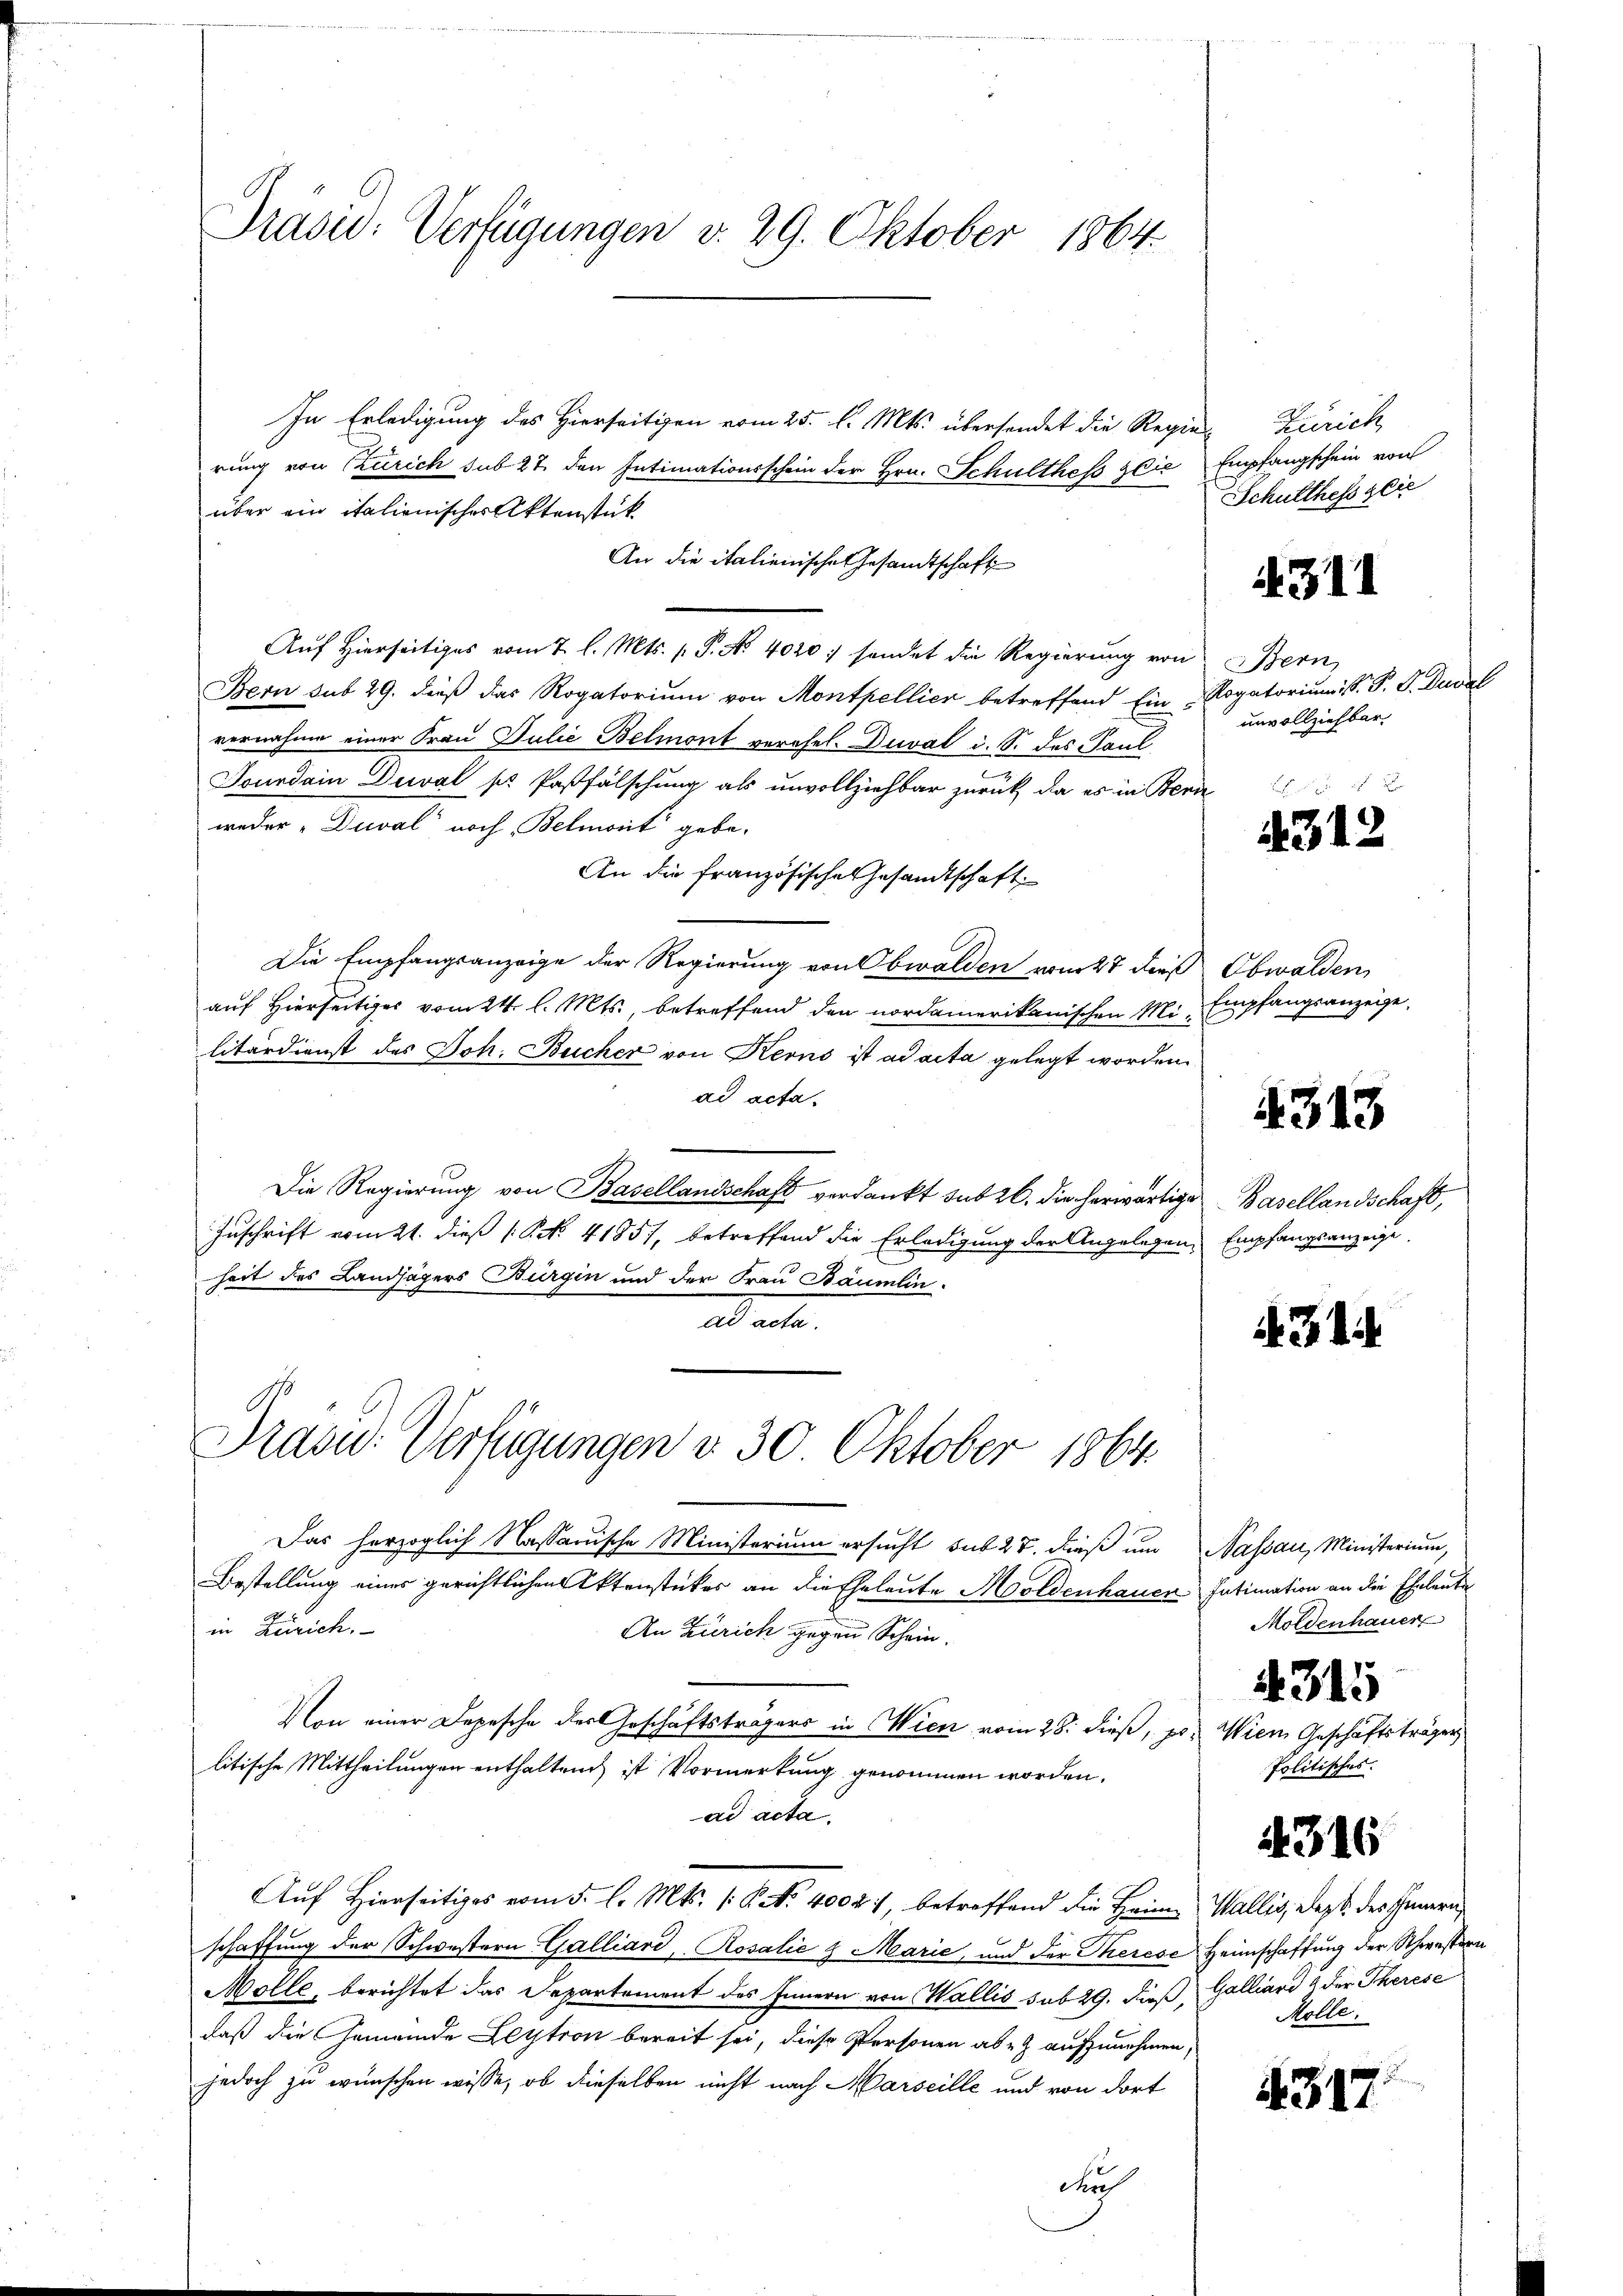
Prasio: Verfügungen v. 29. Oktober 1864.

In Erledigung des Hierseitigen vom 25. l. Mts. übersendet die Regie-
rung von Zürich sub 27 den Intimationsschein der Hrn. Schulthes die Empfangschein von
über ein italienisches Aktenstük
An die italienische Gesamtschaft
Aŭf Hierseitiges vom 7. l. Mts. p. P. Nr. 4020: sendet die Regierŭng von Bern,
Bern sub 29. dieß das Rogatorium von Montpellier betreffend Ein Rogatorium S. P. F. Dusel
vernahme einer Frau Julić-Belmont verehel. Duval i. S. des Paul
Jourdain Deval pr Pastfälschung als unvollziehbar zurück, da es in Bern
weder „Duwal noch Belmont gebe-
An die französische Gesandtschaft
Die Empfangsanzeige der Regierung von Obwalden vom 27 dieß Obwalden,
auf Hierseitiges vom 24. l. Mts., betreffend den nordamerikanischen Mi-Empfangsanzeige,
litärdienst des Joh. Bucher von Kerns ist ad acta gelegt worden.
ad acta.
Die Regierung von Basellandschaft verdankt sub 26. die herwärtige Basellandschaft,
Zuschrift vom 21. dieß (S. 41851, betreffend die Erledigung der Angelegen Empfangsanzeige
heit des Landjägers Bürgen und der Frau Bäumlin
ad acte.

Präsid. Verfügungen v. 30 Oktober 1864.

Das herzoglich Nassauische Ministerium ersucht sub 27. dieß um Nassau, Ministerium,
Bestellung eines gerichtlichen Aktenstückes an die Eheleute Moldenhauer Intimation an die Eheleute
in Zürich.
An Zürich gegen Schein.
Von einer Depesche der Geschäftsträgers in Wien vom 28. dieß, pr. Wien Geschäftsträger
litische Mittheilungen enthalten ist Vormerkung genommen worden.
ad acta.
2
Auf Hierseitiges vom 5. l. Mts. 1. P. N. 4002), betreffend die Heim Wallis, dass des Innern
schaffung der Schwestern Galliard, Rosalie & Marie, und der Therese Heimschaffung der Schwestern
Mölle, berichtet das Separtement des Innern von Wallis sub 29. dieß, Galliard & der Therese
daß die Gemeinde Leytion bereit sei, diese Personen aber aufzunehmen,
jedoch zu wünschen wisse, ob dieselben nicht nach Marseille und von dort
durch

Zürich
Schulthessglie

4311

unvollziehbar,

4312

4313

31.

Moldenhauer
4315
Politisches.

4316

Molle.

4317.